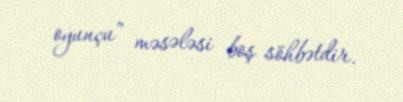
oyunçu” məsələsi boş söhbətdir.